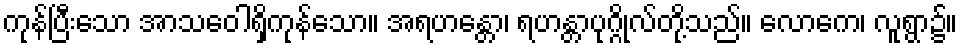
ကုန်ပြီးသော အာသဝေါရှိကုန်သော။ အရဟန္တော၊ ရဟန္တာပုဂ္ဂိုလ်တို့သည်။ လောကေ၊ လူရွာ၌။